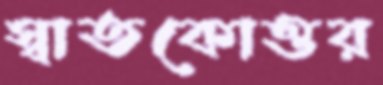
স্বাতকোত্তর